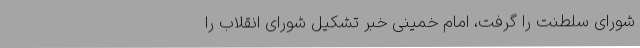
شورای‌ سلطنت‌ را گرفت، ‌امام‌ خمینی‌ خبر تشکیل‌ شورای‌ انقلاب‌ را